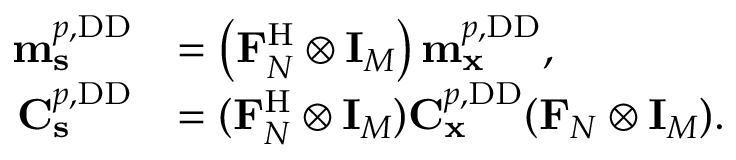
\begin{array} { r l } { \mathbf { m } _ { \mathbf { s } } ^ { p , \mathrm { D D } } } & { = \left( \mathbf { F } _ { N } ^ { \mathrm { H } } \otimes \mathbf { I } _ { M } \right) \mathbf { m } _ { \mathbf { x } } ^ { p , \mathrm { D D } } , } \\ { \mathbf { C } _ { \mathbf { s } } ^ { p , \mathrm { D D } } } & { = ( \mathbf { F } _ { N } ^ { \mathrm { H } } \otimes \mathbf { I } _ { M } ) \mathbf { C } _ { \mathbf { x } } ^ { p , \mathrm { D D } } ( \mathbf { F } _ { N } \otimes \mathbf { I } _ { M } ) . } \end{array}